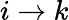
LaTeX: i\rightarrow k